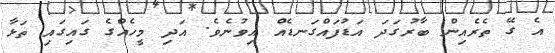
އެ ގޭ ތެރެއިން ބާރުގަދަ އަޑުފައްގަނޑެއް އިވުނެވެ. އަދި މީހެއްގެ ގައިގައި ތަޅާ